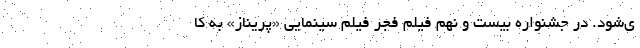
ی‌شود. در جشنواره بیست و نهم فیلم فجر فیلم سینمایی «پریناز» به کا